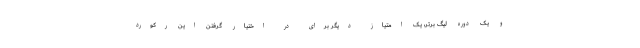
و یک دوره لیگ برتر، یک امتیاز دیگر برای در اختیار گرفتن این رکورد